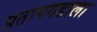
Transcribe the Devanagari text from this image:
प्रतापगडाला